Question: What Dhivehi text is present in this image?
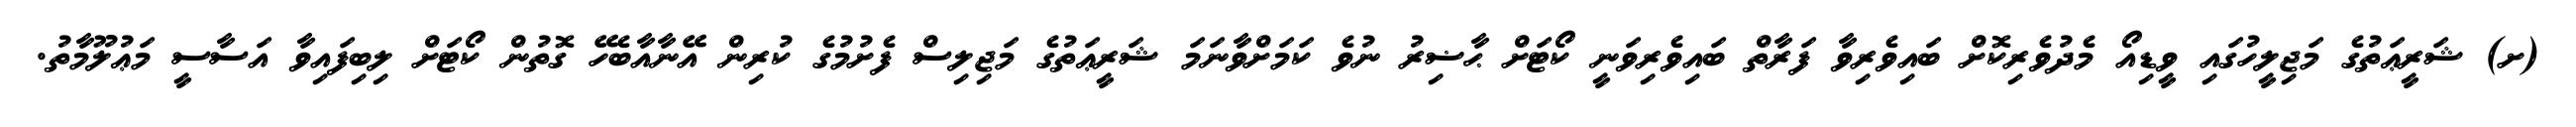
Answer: (ށ) ޝަރީޢަތުގެ މަޖިލީހުގައި ވީޑިއޯ މެދުވެރިކޮށް ބައިވެރިވާ ފަރާތް ބައިވެރިވަނީ ކޯޓަށް ޙާޟިރު ނުވެ ކަމަށްވާނަމަ ޝަރީޢަތުގެ މަޖިލިސް ފެށުމުގެ ކުރިން އޭނާއާބެހޭ ގޮތުން ކޯޓަށް ލިބިފައިވާ އަސާސީ މަޢުލޫމާތު.